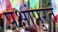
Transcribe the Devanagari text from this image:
पक्षांपुरतं